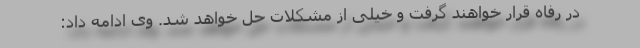
در رفاه قرار خواهند گرفت و خیلی از مشکلات حل خواهد شد. وی ادامه داد: